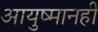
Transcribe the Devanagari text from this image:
आयुष्मानही